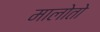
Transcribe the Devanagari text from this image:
मालोतो